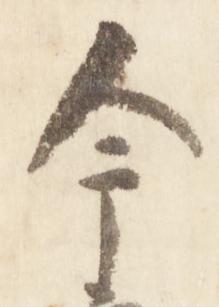
今